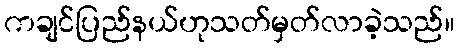
ကချင်ပြည်နယ်ဟုသတ်မှတ်လာခဲ့သည်။